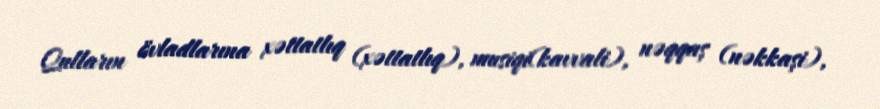
Qulların övladlarına xəttatlıq (xəttatlıq), musiqi(kavvali), nəqqaş (nəkkaşi),